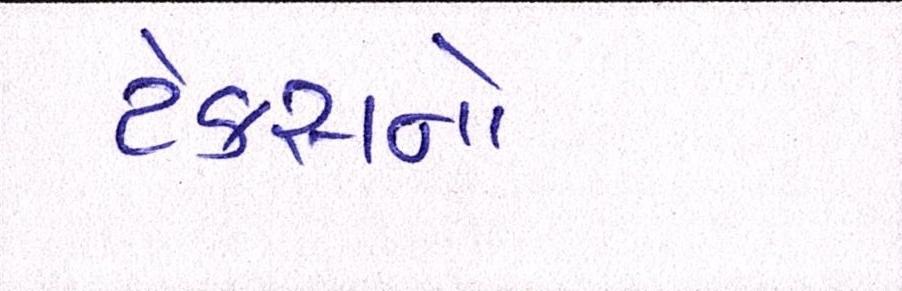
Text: ટેક્સનો